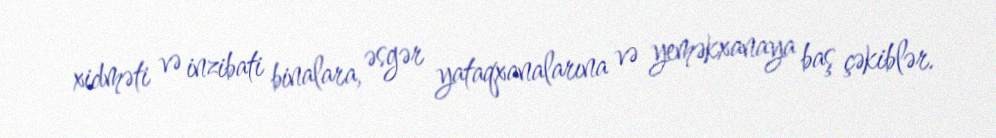
xidməti və inzibati binalara, əsgər yataqxanalarına və yeməkxanaya baş çəkiblər.